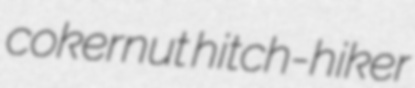
cokernut hitch-hiker